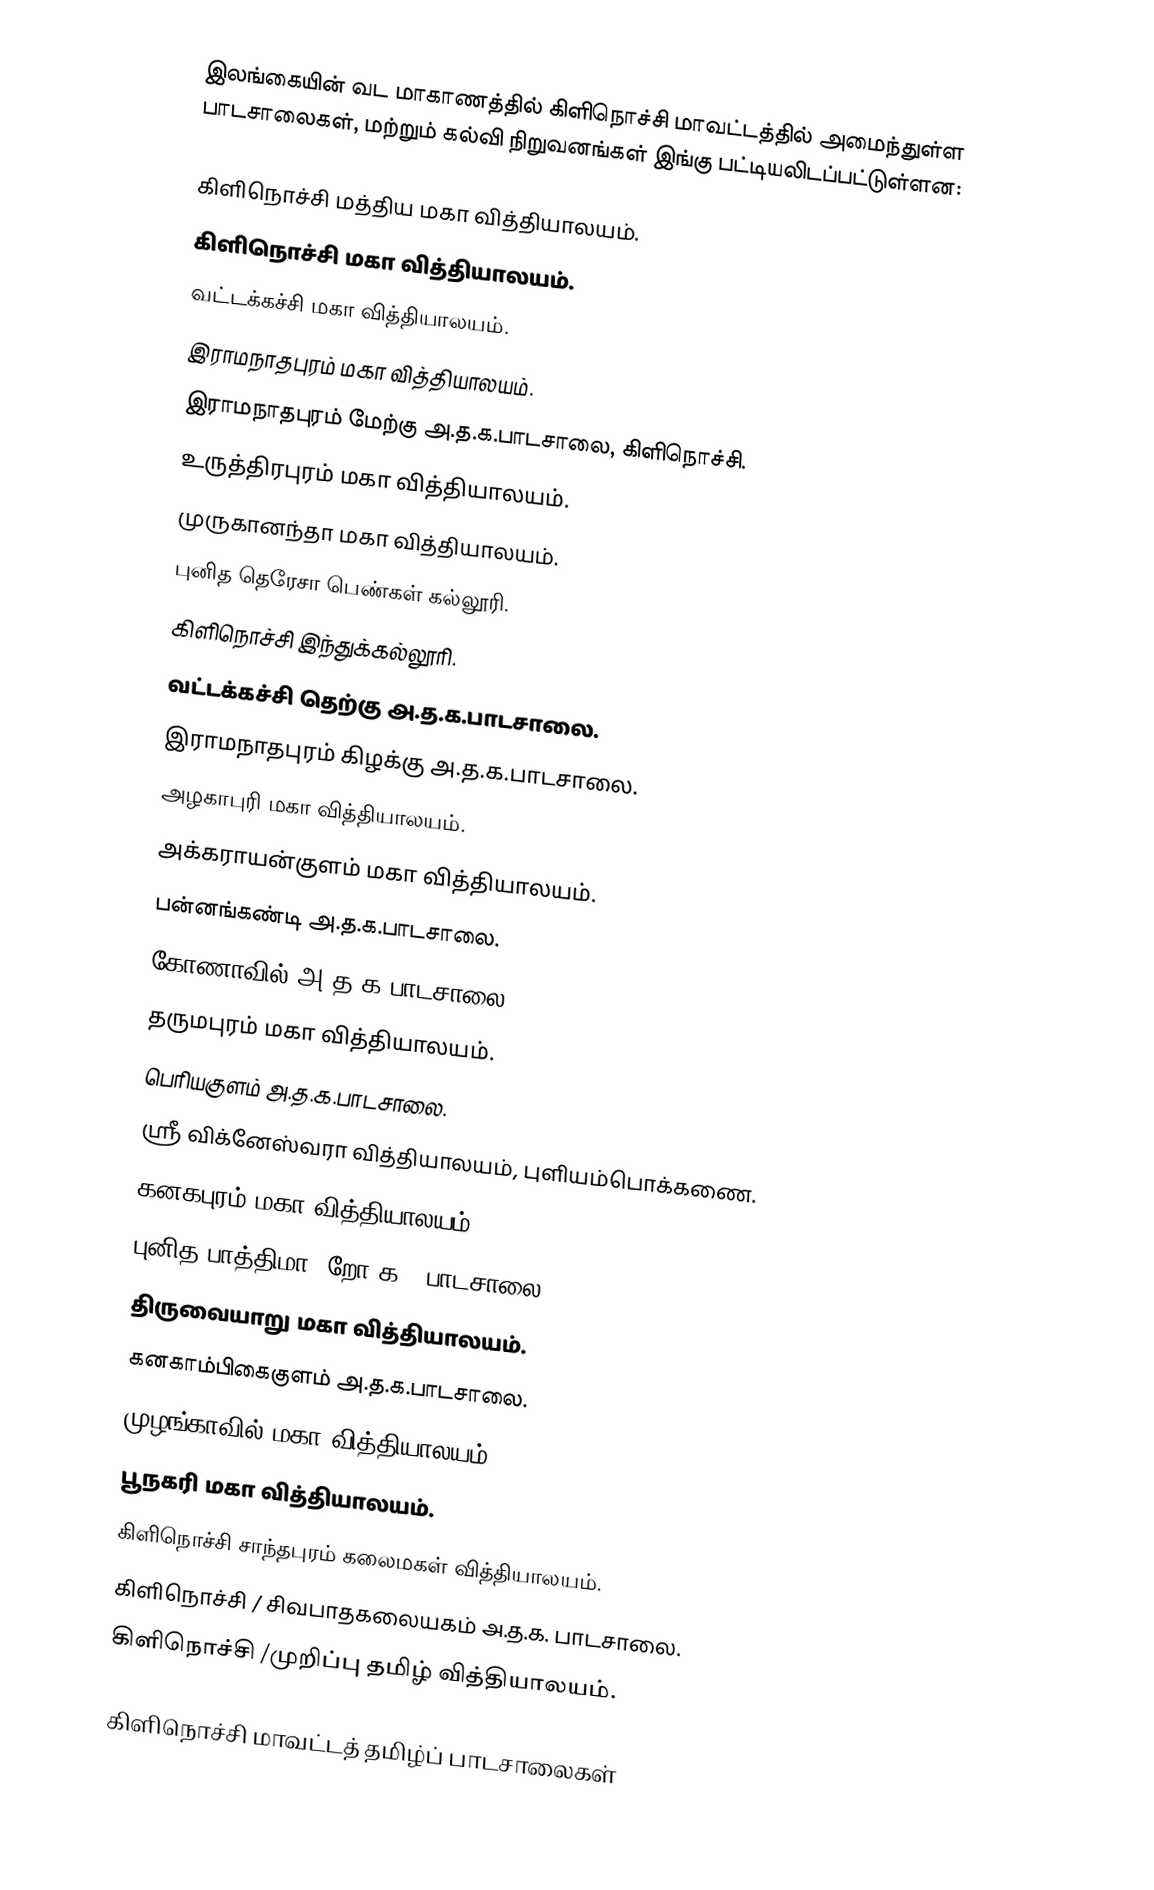
இலங்கையின் வட மாகாணத்தில் கிளிநொச்சி மாவட்டத்தில் அமைந்துள்ள பாடசாலைகள், மற்றும் கல்வி நிறுவனங்கள் இங்கு பட்டியலிடப்பட்டுள்ளன:

கிளிநொச்சி மத்திய மகா வித்தியாலயம்.
கிளிநொச்சி மகா வித்தியாலயம்.
வட்டக்கச்சி மகா வித்தியாலயம்.
இராமநாதபுரம் மகா வித்தியாலயம்.
இராமநாதபுரம் மேற்கு அ.த.க.பாடசாலை, கிளிநொச்சி.
உருத்திரபுரம் மகா வித்தியாலயம்.
முருகானந்தா மகா வித்தியாலயம்.
புனித தெரேசா பெண்கள் கல்லூரி.
கிளிநொச்சி இந்துக்கல்லூரி.
வட்டக்கச்சி தெற்கு அ.த.க.பாடசாலை.
இராமநாதபுரம் கிழக்கு அ.த.க.பாடசாலை.
அழகாபுரி மகா வித்தியாலயம்.
அக்கராயன்குளம் மகா வித்தியாலயம்.
பன்னங்கண்டி அ.த.க.பாடசாலை.
கோணாவில் அ.த.க.பாடசாலை.
தருமபுரம் மகா வித்தியாலயம்.
பெரியகுளம் அ.த.க.பாடசாலை.
ஸ்ரீ விக்னேஸ்வரா வித்தியாலயம், புளியம்பொக்கணை.
கனகபுரம் மகா வித்தியாலயம்.
புனித பாத்திமா (றோ.க.) பாடசாலை.
திருவையாறு மகா வித்தியாலயம்.
கனகாம்பிகைகுளம் அ.த.க.பாடசாலை.
முழங்காவில் மகா வித்தியாலயம்.
பூநகரி மகா வித்தியாலயம்.
கிளிநொச்சி சாந்தபுரம் கலைமகள் வித்தியாலயம்.
கிளிநொச்சி / சிவபாதகலையகம் அ.த.க. பாடசாலை.
கிளிநொச்சி /முறிப்பு தமிழ் வித்தியாலயம்.

கிளிநொச்சி மாவட்டத் தமிழ்ப் பாடசாலைகள்